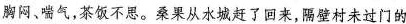
胸闷、喘气，茶饭不思。桑果从水城赶了回来，隔壁村未过门的